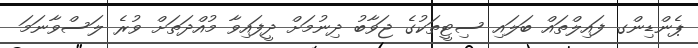
ޕެންޑިންގ ފައިލްތައް ބަލައި ސިޓީތަކުގެ ޖަވާބު ދިނުމަށް ދީފައިވާ މުއްދަތަށް ވުރެ ލަސްވާނަމަ